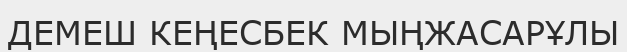
ДЕМЕШ КЕҢЕСБЕК МЫҢЖАСАРҰЛЫ